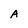
Character: A